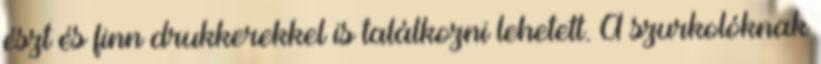
észt és finn drukkerekkel is találkozni lehetett. A szurkolóknak